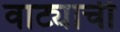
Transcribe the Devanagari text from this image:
वाट्याची